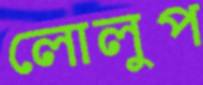
লোলুপ